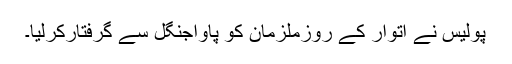
پولیس نے اتوار کے روزملزمان کو پاواجنگل سے گرفتارکرلیا۔